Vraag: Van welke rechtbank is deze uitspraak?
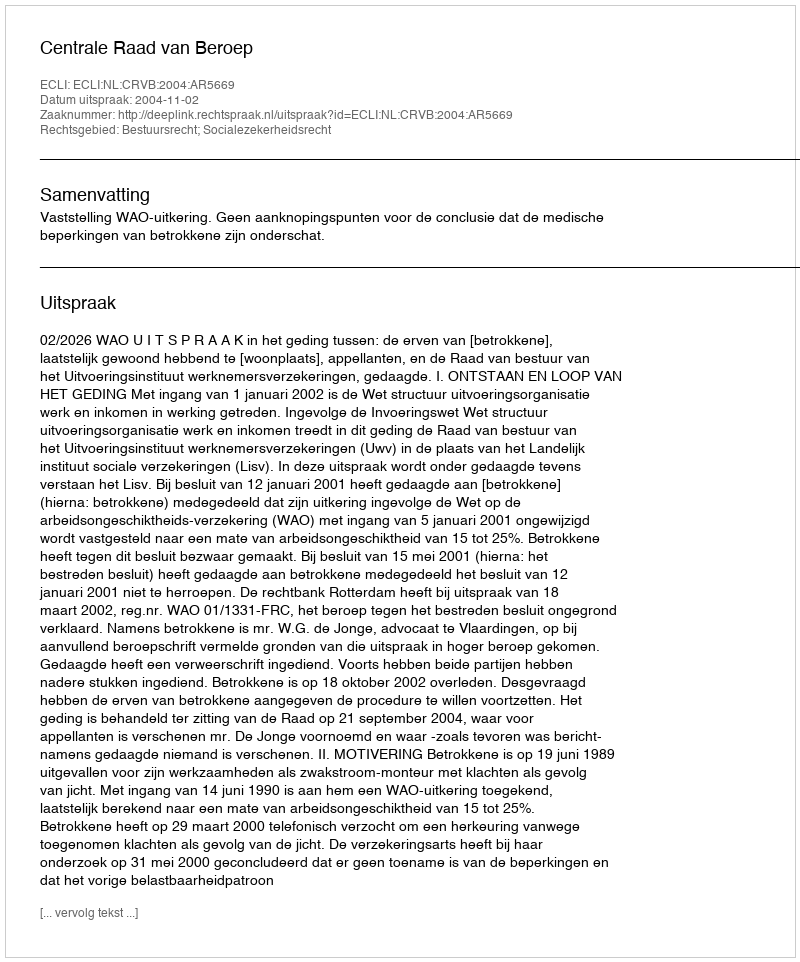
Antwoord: Centrale Raad van Beroep